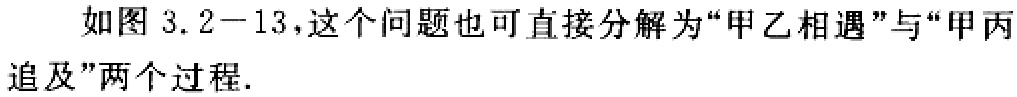
如图 3.2−13，这个问题也可直接分解为“甲乙相遇”与“甲丙
追及”两个过程.